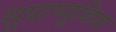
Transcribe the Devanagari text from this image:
सुप्राप्यूबिक